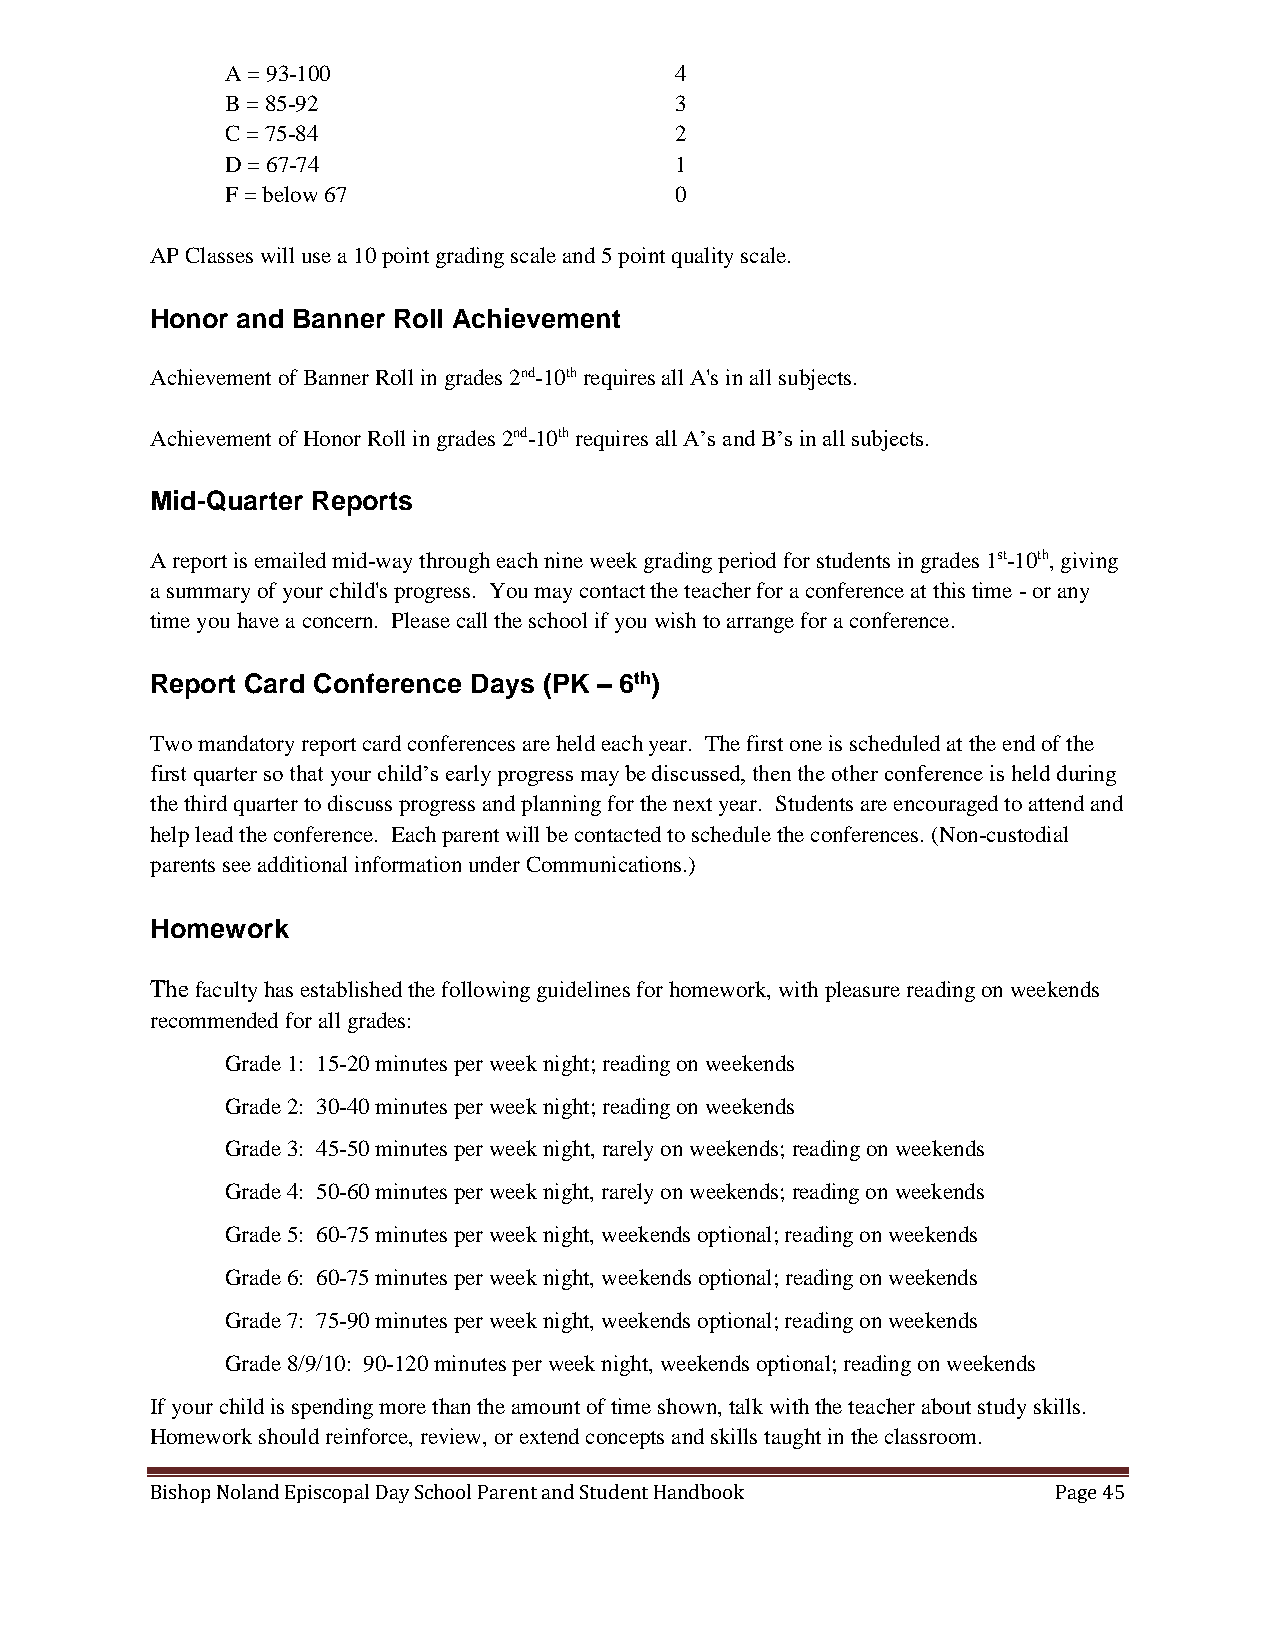
A = 93-100                    4
 B = 85-92                     3
 C = 75-84                     2
 D = 67-74                     1
 F = below 67                  0
 AP Classes will use a 10 point grading scale and 5 point quality scale.
 Honor and Banner Roll Achievement
 Achievement of Banner Roll in grades 2nd-10th requires all A's in all subjects.
 Achievement of Honor Roll in grades 2nd-10th requires all A’s and B’s in all subjects.
 Mid-Quarter Reports
 A report is emailed mid-way through each nine week grading period for students in grades 1st-10th, giving
 a summary of your child's progress. You may contact the teacher for a conference at this time - or any
 time you have a concern. Please call the school if you wish to arrange for a conference.
 Report Card Conference Days (PK – 6th)
 Two mandatory report card conferences are held each year. The first one is scheduled at the end of the
 first quarter so that your child’s early progress may be discussed, then the other conference is held during
 the third quarter to discuss progress and planning for the next year. Students are encouraged to attend and
 help lead the conference. Each parent will be contacted to schedule the conferences. (Non-custodial
 parents see additional information under Communications.)
 Homework
 The faculty has established the following guidelines for homework, with pleasure reading on weekends
 recommended for all grades:
 Grade 1: 15-20 minutes per week night; reading on weekends
 Grade 2: 30-40 minutes per week night; reading on weekends
 Grade 3: 45-50 minutes per week night, rarely on weekends; reading on weekends
 Grade 4: 50-60 minutes per week night, rarely on weekends; reading on weekends
 Grade 5: 60-75 minutes per week night, weekends optional; reading on weekends
 Grade 6: 60-75 minutes per week night, weekends optional; reading on weekends
 Grade 7: 75-90 minutes per week night, weekends optional; reading on weekends
 Grade 8/9/10: 90-120 minutes per week night, weekends optional; reading on weekends
 If your child is spending more than the amount of time shown, talk with the teacher about study skills.
 Homework should reinforce, review, or extend concepts and skills taught in the classroom.
 Bishop Noland Episcopal Day School Parent and Student Handbook Page 45